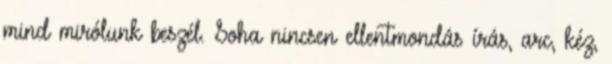
mind mirólunk beszél. Soha nincsen ellentmondás írás, arc, kéz,